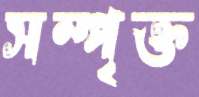
সম্পৃক্ত